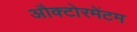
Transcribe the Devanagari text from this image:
औक्टोरमेंटम